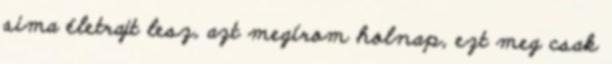
sima életrajt lesz, azt megírom holnap, ezt meg csak